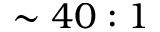
\sim 4 0 : 1